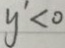
y < 0